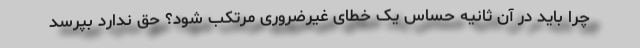
چرا باید در آن ثانیه حساس یک خطای غیرضروری مرتکب شود؟ حق ندارد بپرسد